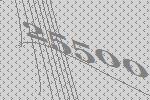
25500